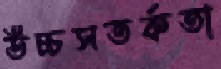
উচ্চসতর্কতা